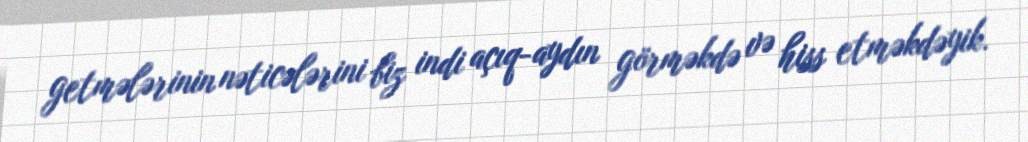
getmələrinin nəticələrini biz indi açıq-aydın görməkdə və hiss etməkdəyik.